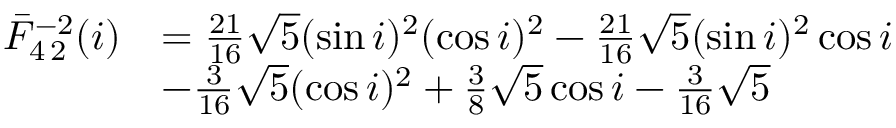
\begin{array} { r l } { \bar { F } _ { 4 \, 2 } ^ { - 2 } ( i ) } & { = \frac { 2 1 } { 1 6 } \sqrt { 5 } ( \sin i ) ^ { 2 } ( \cos i ) ^ { 2 } - \frac { 2 1 } { 1 6 } \sqrt { 5 } ( \sin i ) ^ { 2 } \cos i } \\ & { - \frac { 3 } { 1 6 } \sqrt { 5 } ( \cos i ) ^ { 2 } + \frac { 3 } { 8 } \sqrt { 5 } \cos i - \frac { 3 } { 1 6 } \sqrt { 5 } } \end{array}